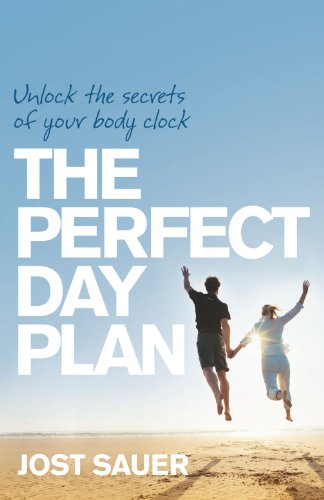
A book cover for The Perfect Day Plan: Unlock the Secrets of Your Body Clock; Jost Sauer; Health, Fitness & Dieting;